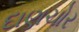
દાણચોર